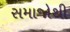
સમાજોથી